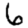
Digit: 6